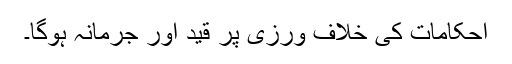
احکامات کی خلاف ورزی پر قید اور جرمانہ ہوگا۔